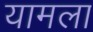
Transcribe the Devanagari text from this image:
यामला